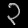
Digit: ၃